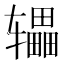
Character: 𫐙